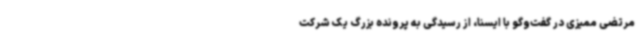
مرتضی ممیزی در گفت‌وگو با ایسنا، از رسیدگی به پرونده بزرگ یک شرکت